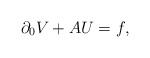
\begin{align*}\partial_{0}V+AU=f,\end{align*}